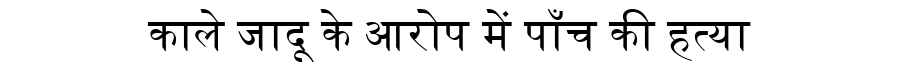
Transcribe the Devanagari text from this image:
काले जादू के आरोप में पाँच की हत्या